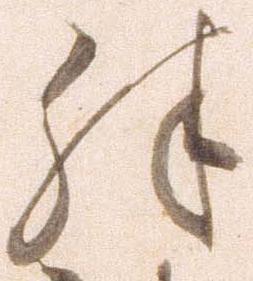
殊